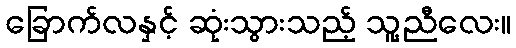
ခြောက်လနှင့် ဆုံးသွားသည့် သူ့ညီလေး။